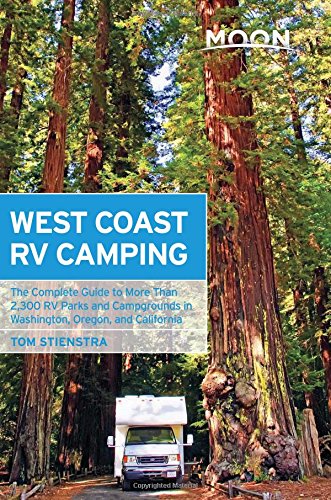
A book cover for Moon West Coast RV Camping: The Complete Guide to More Than 2,300 RV Parks and Campgrounds in Washington, Oregon, and California (Moon Outdoors); Tom Stienstra; Travel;